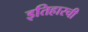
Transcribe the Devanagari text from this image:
इतिहास्ची